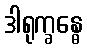
ဒါရုက္ခန္ဓေ